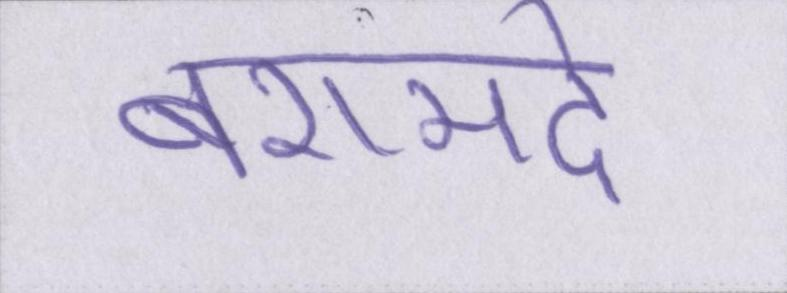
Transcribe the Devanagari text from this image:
बरामदे